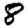
Digit: 8